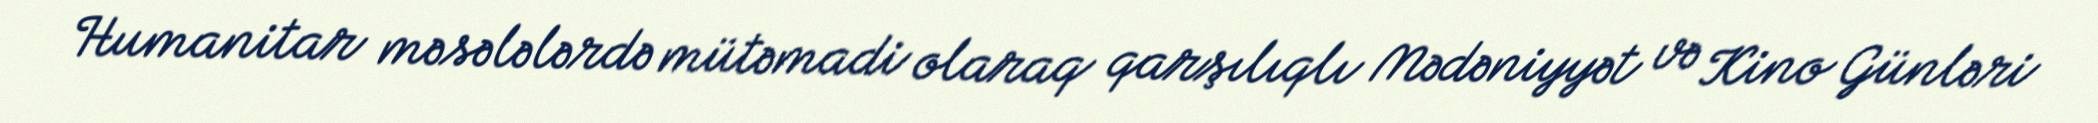
Humanitar məsələlərdə mütəmadi olaraq qarşılıqlı Mədəniyyət və Kino Günləri